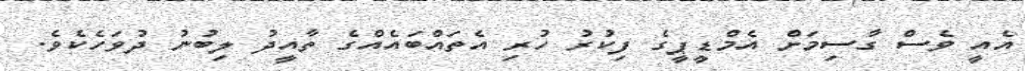
އެއީ ވެސް ގާސިމަށް އެމްޑީޕީގެ ފިކުރު ހުރި އެތައްބައެއްގެ ތާއީދު ލިބުނު ދުވަހެކެވެ.